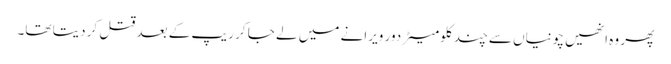
پھر وہ انھیں چونیاں سے چند کلومیٹر دور ویرانے میں لے جا کر ریپ کے بعد قتل کر دیتا تھا۔